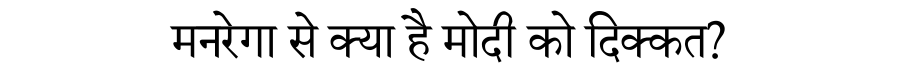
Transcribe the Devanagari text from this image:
मनरेगा से क्या है मोदी को दिक्कत?